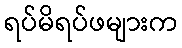
ရပ်မိရပ်ဖများက